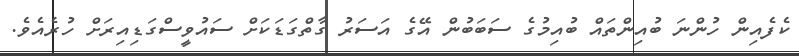
ކެފެއިން ހުންނަ ބުއިންތައް ބުއިމުގެ ސަބަބުން އޭގެ އަސަރު ގާތްގަޑަކަށް ސައުވީސްގަޑިއިރަށް ހުރެއެވެ.